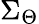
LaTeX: \Sigma_{\Theta}